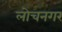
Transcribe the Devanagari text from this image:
लोचनगर